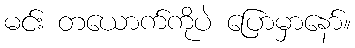
မင်း တယောက်ကိုပဲ ပြောမှာနော်။